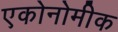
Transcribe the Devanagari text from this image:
एकोनोमीक